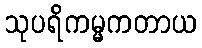
သုပရိကမ္မကတာယ